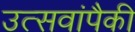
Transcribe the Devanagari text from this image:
उत्सवांपैकी